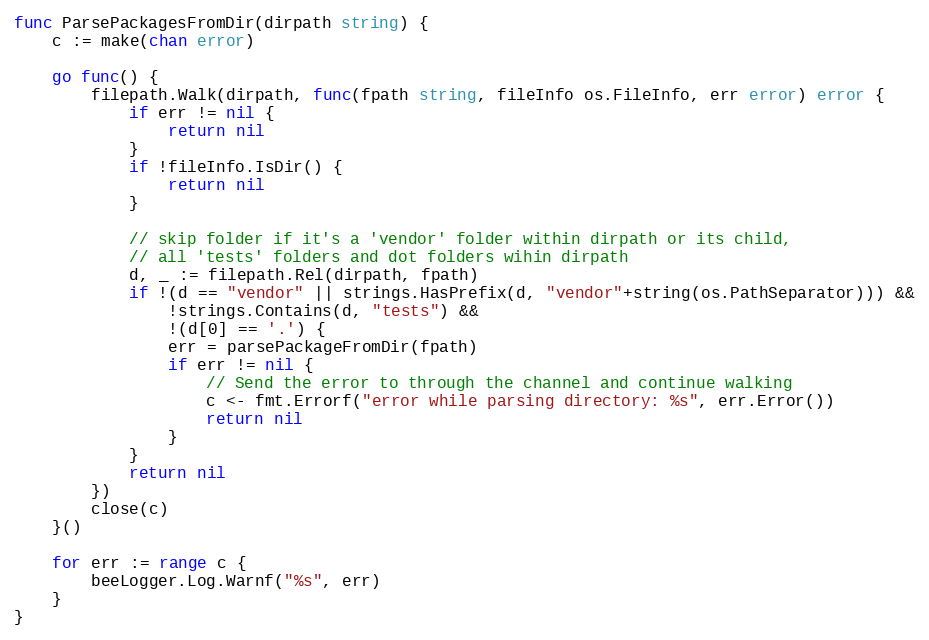
Language: Go
func ParsePackagesFromDir(dirpath string) {
	c := make(chan error)

	go func() {
		filepath.Walk(dirpath, func(fpath string, fileInfo os.FileInfo, err error) error {
			if err != nil {
				return nil
			}
			if !fileInfo.IsDir() {
				return nil
			}

			// skip folder if it's a 'vendor' folder within dirpath or its child,
			// all 'tests' folders and dot folders wihin dirpath
			d, _ := filepath.Rel(dirpath, fpath)
			if !(d == "vendor" || strings.HasPrefix(d, "vendor"+string(os.PathSeparator))) &&
				!strings.Contains(d, "tests") &&
				!(d[0] == '.') {
				err = parsePackageFromDir(fpath)
				if err != nil {
					// Send the error to through the channel and continue walking
					c <- fmt.Errorf("error while parsing directory: %s", err.Error())
					return nil
				}
			}
			return nil
		})
		close(c)
	}()

	for err := range c {
		beeLogger.Log.Warnf("%s", err)
	}
}